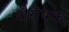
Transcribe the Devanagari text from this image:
शैरीषक